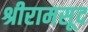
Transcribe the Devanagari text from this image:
श्रीरामसूद